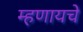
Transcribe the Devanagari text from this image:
म्‍हणायचे